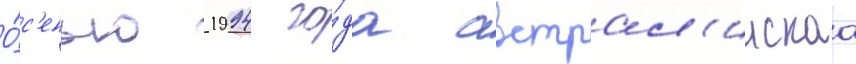
О́с'енью 1994 го́да австрал'иискаа